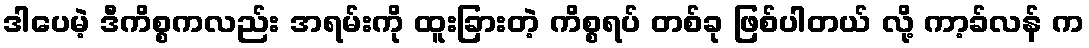
ဒါပေမဲ့ ဒီကိစ္စကလည်း အရမ်းကို ထူးခြားတဲ့ ကိစ္စရပ် တစ်ခု ဖြစ်ပါတယ် လို့ ကာ့ခ်လန် က